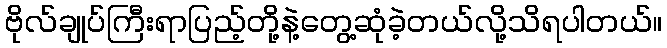
ဗိုလ်ချုပ်ကြီးရာပြည့်တို့နဲ့တွေ့ဆုံခဲ့တယ်လို့သိရပါတယ်။